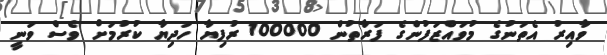
ވާއިރު އެތަނުގެ މުވައްޒަފުންގެ ފަރާތުން 100000 ރުފިޔާ ހަދިޔާ ކުރުމަށް ވެސް ވަނީ